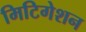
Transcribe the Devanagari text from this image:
मिटिगेशन